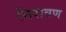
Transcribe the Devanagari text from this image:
निरावण